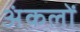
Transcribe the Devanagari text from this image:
अंकलों